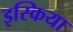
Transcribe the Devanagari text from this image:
इस्किया